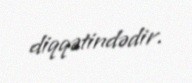
diqqətindədir.